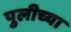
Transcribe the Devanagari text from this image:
पुलीच्या